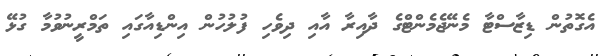
އެގޮތުން ޑިޒާސްޓާ މެނޭޖެމެންޓްގެ ދާއިރާ އާއި ދިވެހި ފުލުހުން އިންޑިއާގައި ތަމްރީނުވުމާ ގުޅޭ